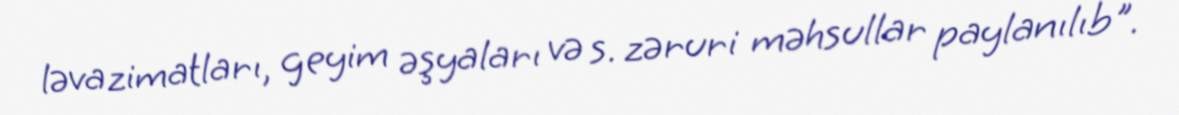
ləvazimatları, geyim əşyaları və s. zəruri məhsullar paylanılıb".